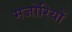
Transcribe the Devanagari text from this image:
मजोरियों